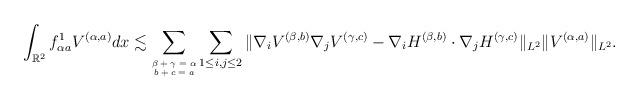
LaTeX: \begin{align*}\int_{\mathbb{R}^2} f^1_{\alpha a} V^{(\alpha,a)}dx\lesssim\sum_{\tiny\begin{matrix} \beta+\gamma=\alpha\\ b + c = a \end{matrix}}\sum_{1\leq i,j \leq 2}\|\nabla_i V^{(\beta,b)} \nabla_j V^{(\gamma,c)} -\nabla_i H^{(\beta,b)}\cdot \nabla_j H^{(\gamma,c)}\|_{L^2}\|V^{(\alpha,a)}\|_{L^2}.\end{align*}